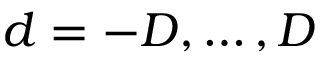
d = - D , \ldots , D